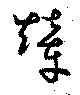
輦